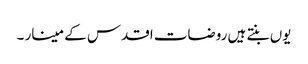
یوں بنتے ہیں روضات اقدس کے مینار ۔